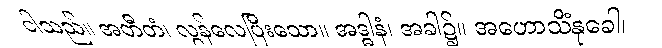
ငါသည်။ အတီတံ၊ လွန်လေပြီးသော။ အဒ္ဓါနံ၊ အခါ၌။ အဟောသိံနုခေါ၊